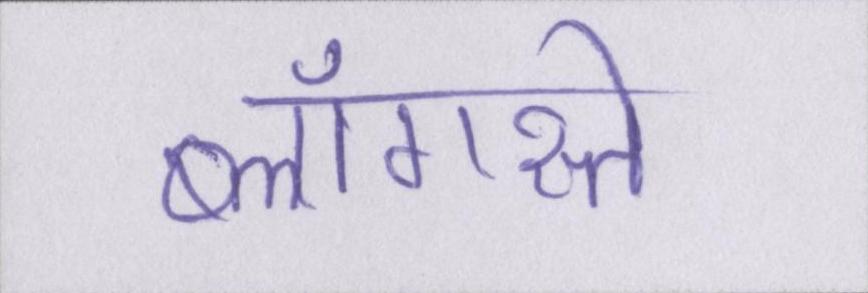
ब्लॉगस्ते